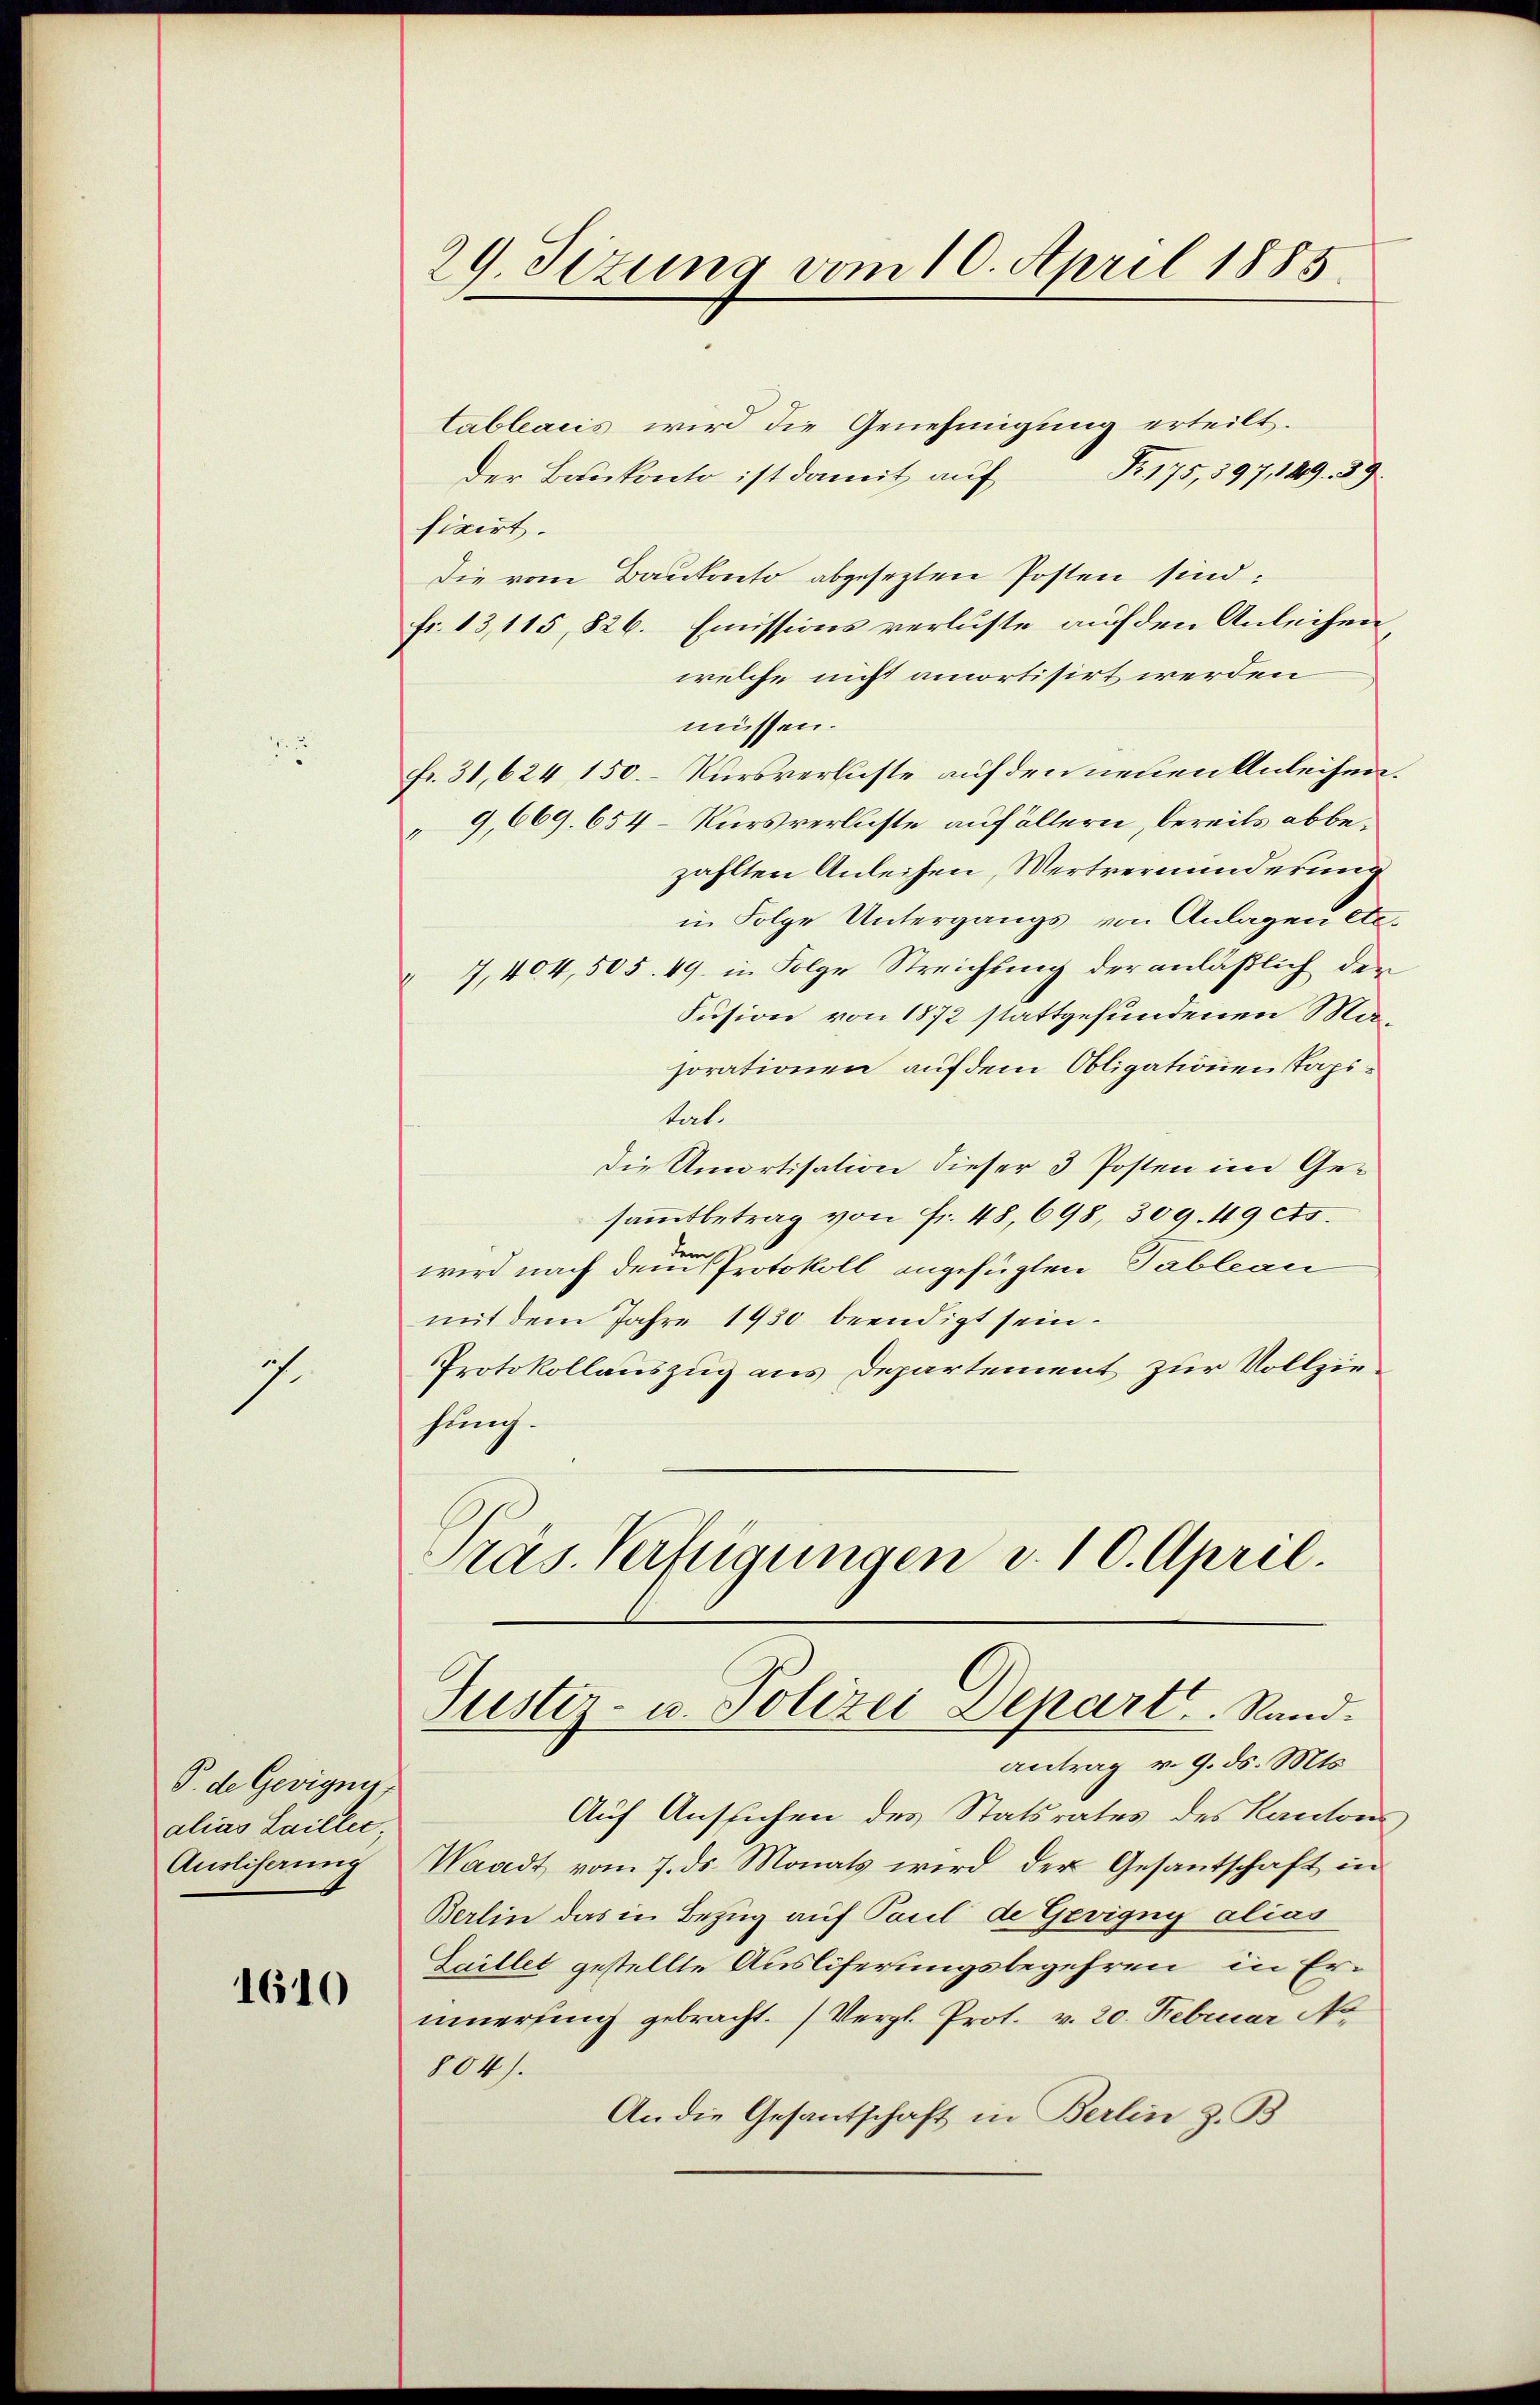
.

P. de Gerigen,
alias Laillic,
Ausliserung

1610

29. Sizung vom 10. April 1885

Cableacis wird die Genehmigung erteilt.
Der Baukonto ist damit auf Fr. 175, 597, 149. 59
fixirt.
Die vom Baukonto abgesezten Posten sind:
fr. 13,115, 826. Emissions verluste auf den Anleihen
welche nicht amortisirt werden
müssen.
fr. 31, 624, 150. – Kursverluste auf den neuen Anleihen.
9,669. 654 – Kursverluste auf allern, bereits abbezahlten Anleihen, Wertverminderung
in Folge Untergangs von Anlagen etc.
7, 404,505. 49. in Folge Streichtung der anläßlich den
Susion von 1872 stattgefundenen Masorationen auf dem Obligationen Tapitat.
die Amortisation dieser 3 Posten im Gesammtbetrag von fr. 48, 698, 309. 49 cts.
wird nach dem Protokoll angefügten Tableau
mit dem Jahre 1930 beendigt sein.
Protokollauszug aus Departement zur Vollziefünch.
Präs. Verfügungen v. 10. April.

Justiz- u. Polizei-Depart. Rand.
antrag v. 9. ds. Mts.

Auf Ansuchen des Statsrates des Kantons,
Waadt vom 7. ds. Monats wird der Gesantschaft in
Berlin das in Bezug auf Paul de Gevigny alias
Saillet gestellte Ausliferungsbegehren in Erinnerung gebracht. (Vergl. Prot. v. 20. Februar N
804).
An die Gesantschaft in Berlin z. B.